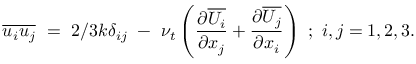
\overline { { u _ { i } u _ { j } } } ~ = ~ 2 / 3 k \delta _ { i j } ~ - ~ \nu _ { t } \left( \frac { \partial \overline { { U _ { i } } } } { \partial x _ { j } } + \frac { \partial \overline { { U _ { j } } } } { \partial x _ { i } } \right) ~ ; ~ i , j = { 1 , 2 , 3 } .